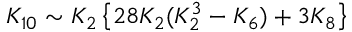
{ \cal K } _ { 1 0 } \sim { \cal K } _ { 2 } \left\{ 2 8 { \cal K } _ { 2 } ( { \cal K } _ { 2 } ^ { 3 } - { \cal K } _ { 6 } ) + 3 { \cal K } _ { 8 } \right\}